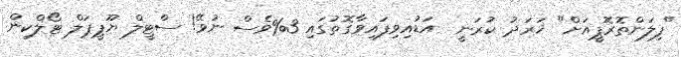
"ފިލަންތޮރޮޕީއަށް" ޚަރަދު ކުރަނީ  އަޑުއިވިފައިވާގޮތުގައި 3%ވެސް ނުވޭ! ސްޓީލް ޔޫޕީޕަލް ޓޯލްކިން